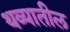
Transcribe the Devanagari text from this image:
थव्यातील